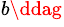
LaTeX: ^{b\ddag}